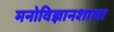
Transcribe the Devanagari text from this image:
मनोविज्ञानशाला